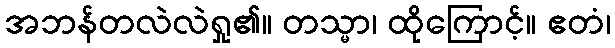
အဘန်တလဲလဲရှု၏။ တသ္မာ၊ ထိုကြောင့်။ ဧတံ၊